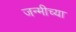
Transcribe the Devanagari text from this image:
जन्मीच्या